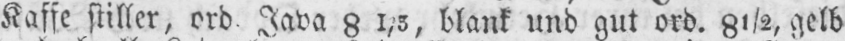
Kasse stiller, ord. Java 81/5, blank und gut ord. 8½, gelb